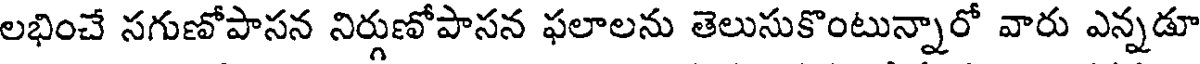
లభించే సగుణోపాసన నిర్గుణోపాసన ఫలాలను తెలుసుకొంటున్నారో వారు ఎన్నడూ